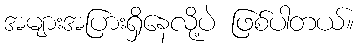
အများအပြားရှိနေလို့ပဲ ဖြစ်ပါတယ်။